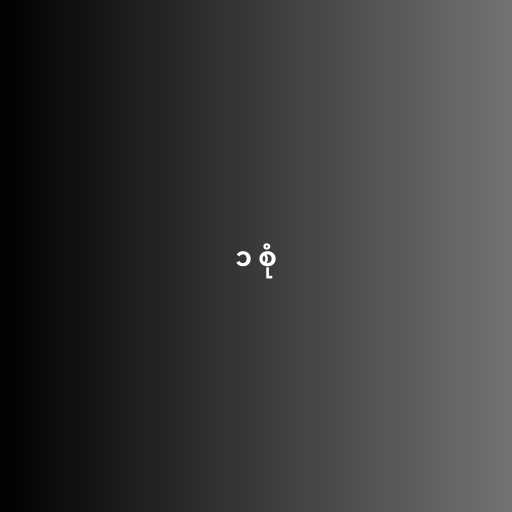
၁ စုံ